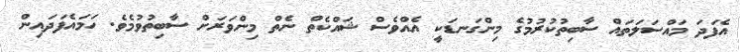
އެފަދަ މައްސަލަތައް ސާބިތުކުރުމުގެ މިންގަނޑަކީ އެއްވެސް ޝައްކެތް ނެތް މިންވަރަށް ސާބިތުވުމެވެ. ހަމައެފަދައިން